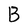
Character: B